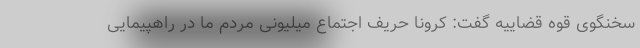
سخنگوی قوه قضاییه گفت: کرونا حریف اجتماع میلیونی مردم ما در راهپیمایی